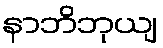
နာဘိဘုယျ